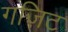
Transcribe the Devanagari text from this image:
गज़िट